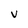
Character: V